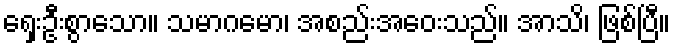
ရှေးဦးစွာသော။ သမာဂမော၊ အစည်းအဝေးသည်။ အာသိ၊ ဖြစ်ပြီ။